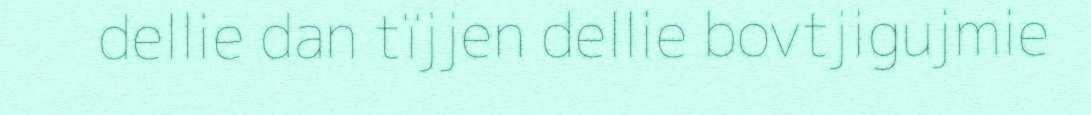
dellie dan tïjjen dellie bovtjigujmie